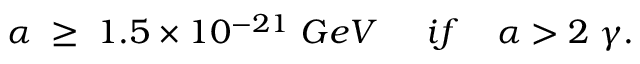
\alpha \; \geq \; 1 . 5 \times 1 0 ^ { - 2 1 } \; G e V \; \; \; \; \; i f \; \; \; \; \alpha > 2 \; \gamma .